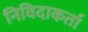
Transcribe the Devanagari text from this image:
निविदाकर्ता